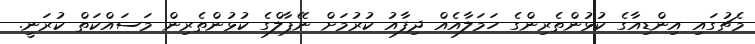
މެޗުގައި އިންޑިއާގެ ކުޅުންތެރިންގެ ހަމަލާއެއް ދިފާއު ކުރުމަށް ނޭޕާލްގެ ކުޅުންތެރިން މަސައްކަތް ކުރަނީ.